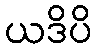
ယဒိပိ